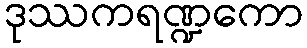
ဒုဿကရဏ္ဍကော